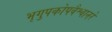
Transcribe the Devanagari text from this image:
भृगुपकोपवैश्वानरे